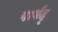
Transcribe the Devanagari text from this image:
पार्षद्